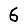
Digit: 6